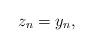
LaTeX: \begin{align*}z_n=y_n,\end{align*}